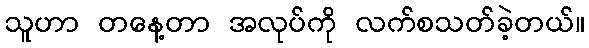
သူဟာ တနေ့တာ အလုပ်ကို လက်စသတ်ခဲ့တယ်။